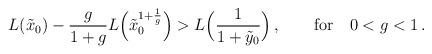
LaTeX: \begin{align*} L ( \tilde{x}_0 ) - \frac{g}{1+g} L\Bigl( \tilde{x}_0^{1+\frac 1g} \Bigr) > L\Bigl(\frac{1}{ 1+\tilde{y}_0 } \Bigr) \,, \qquad {\rm for} \quad 0 < g < 1 \,.\end{align*}